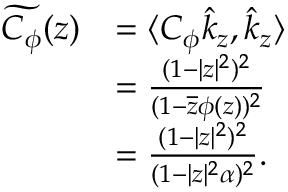
\begin{array} { r l } { \widetilde { C _ { \phi } } ( z ) } & { = \langle C _ { \phi } \hat { k } _ { z } , \hat { k } _ { z } \rangle } \\ & { = \frac { ( 1 - | z | ^ { 2 } ) ^ { 2 } } { ( 1 - \overline { { z } } \phi ( z ) ) ^ { 2 } } } \\ & { = \frac { ( 1 - | z | ^ { 2 } ) ^ { 2 } } { ( 1 - | z | ^ { 2 } \alpha ) ^ { 2 } } . } \end{array}